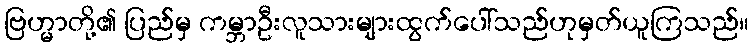
ဗြဟ္မာတို့၏ ပြည်မှ ကမ္ဘာဦးလူသားများထွက်ပေါ်သည်ဟုမှတ်ယူကြသည်။